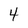
Character: 4